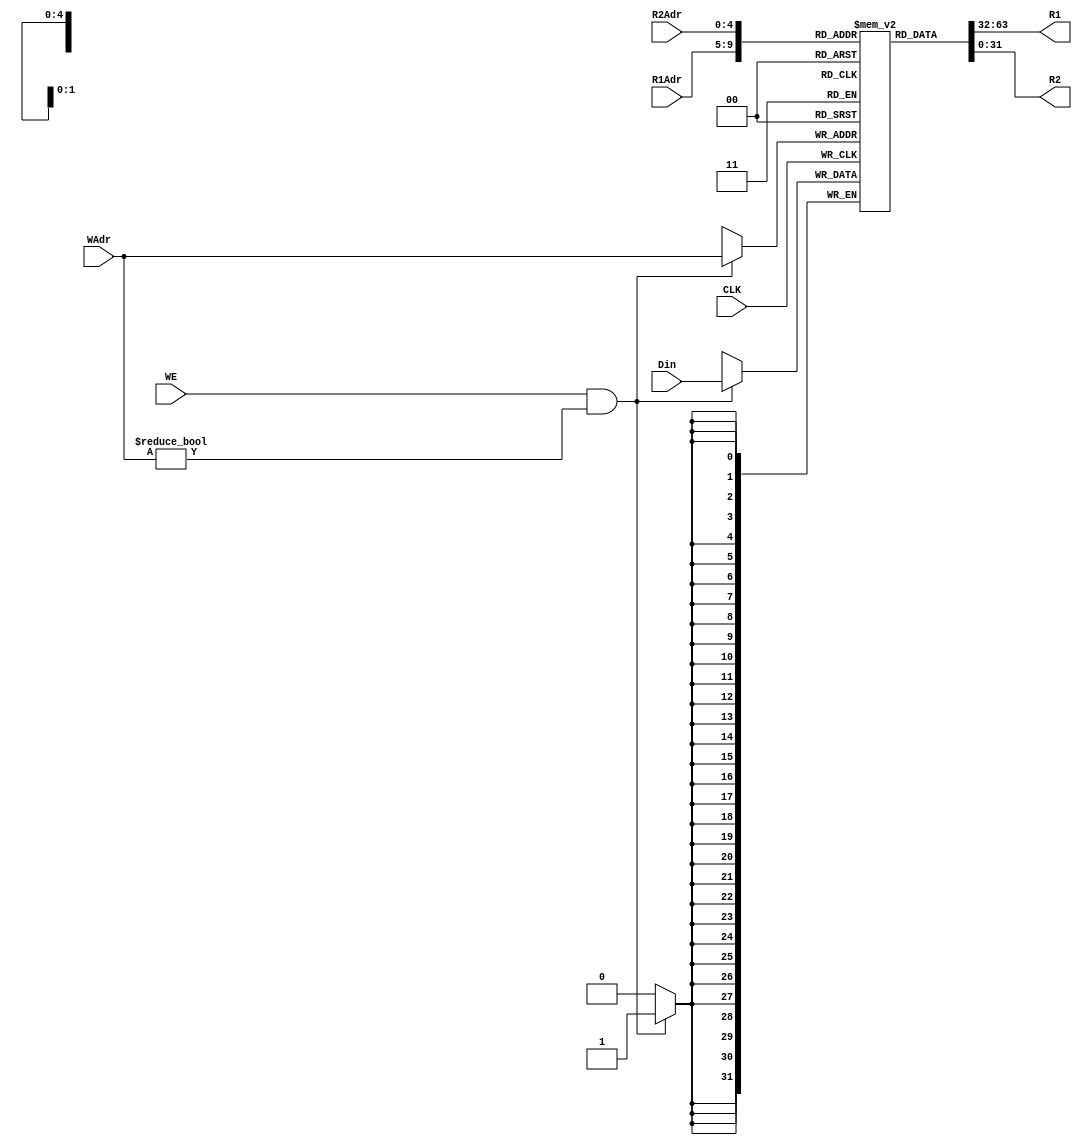
//
module RegFile(Din,R1Adr,R2Adr,WAdr,WE,CLK,R1,R2);
    input [31:0] Din;
    input [4:0] WAdr,R1Adr,R2Adr;
    input WE,CLK;
    output[31:0]R1,R2;
    reg [31:0] RAM[31:0];//
    integer i;
    initial begin
        for(i=0;i<=31;i=i+1) begin
            RAM[i]=0;
        end
    end
    assign R1 = RAM[R1Adr];
    assign R2 = RAM[R2Adr];
    always@(posedge CLK) begin
        if (WE && WAdr!=0) RAM[WAdr] <= Din;//
    end
endmodule